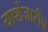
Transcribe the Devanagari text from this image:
याशेजारीच